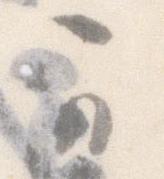
可